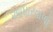
આધારવાળો